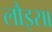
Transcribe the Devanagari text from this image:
लौइसा